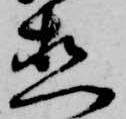
直